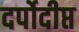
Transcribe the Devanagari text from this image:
दर्पोदीप्त